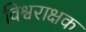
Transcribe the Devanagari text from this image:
विश्वराक्षक